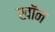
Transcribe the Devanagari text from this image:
खाॅन